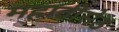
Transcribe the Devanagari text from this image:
महावीसेठ